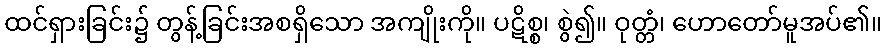
ထင်ရှားခြင်း၌ တွန့်ခြင်းအစရှိသော အကျိုးကို။ ပဋိစ္စ၊ စွဲ၍။ ဝုတ္တံ၊ ဟောတော်မူအပ်၏။